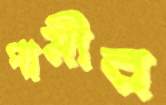
পামীর